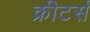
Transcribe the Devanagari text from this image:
क्रीटर्स